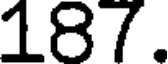
187.